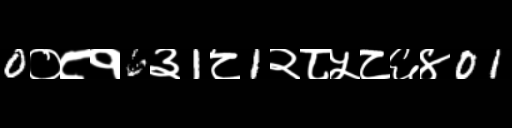
Text: 0०८१6३1८1२८५८६४01